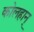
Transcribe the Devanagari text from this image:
कोलहान्